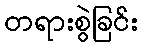
တရားစွဲခြင်း